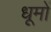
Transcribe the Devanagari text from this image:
धूमों